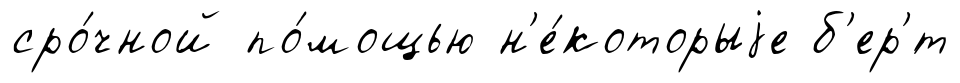
сро́чной по́мощью н'е́которыjе б'ер'́т